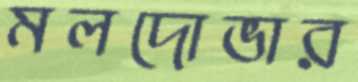
মলদোভার